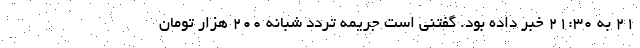
۲۱ به ۲۱:۳۰ خبر داده بود. گفتنی است جریمه تردد شبانه ۲۰۰ هزار تومان